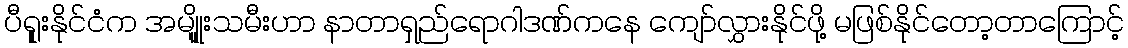
ပီရုူးနိုင်ငံက အမျိုူးသမီးဟာ နာတာရှည်ရောဂါဒဏ်ကနေ ကျော်လွှားနိုင်ဖို့ မဖြစ်နိုင်တော့တာကြောင့်